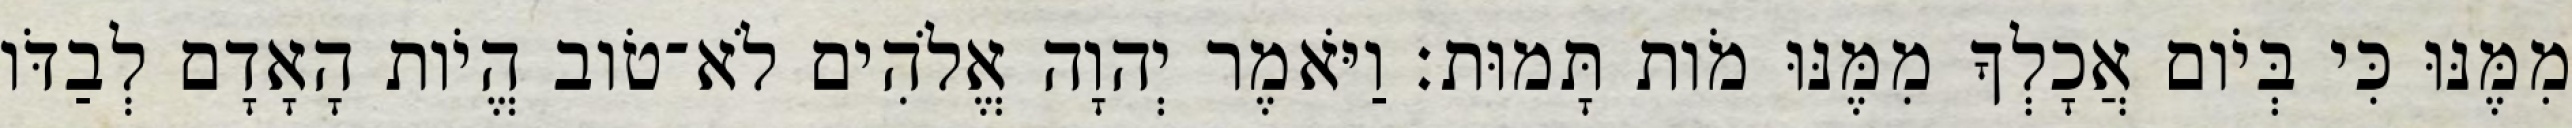
מִמֶּנּוּ כִּי בְּיֹום אֲכָלְךָ מִמֶּנּוּ מֹות תָּמוּת׃ וַיֹּאמֶר יְהוָה אֱלֹהִים לֹא־טֹוב הֱיֹות הָאָדָם לְבַדֹּו